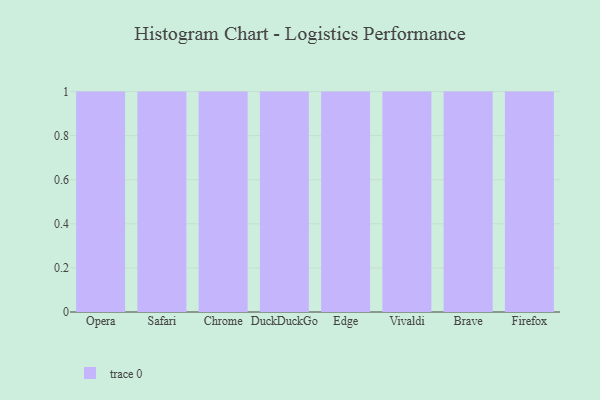
{"axis": {"x": "Browser", "y": "Customer Acquisition Cost (USD)"}, "legend": [""], "data": [{"x": "Opera", "y": 21, "type": ""}, {"x": "Safari", "y": 81, "type": ""}, {"x": "Chrome", "y": 83, "type": ""}, {"x": "DuckDuckGo", "y": 76, "type": ""}, {"x": "Edge", "y": 93, "type": ""}, {"x": "Vivaldi", "y": 24, "type": ""}, {"x": "Brave", "y": 83, "type": ""}, {"x": "Firefox", "y": 59, "type": ""}]}